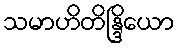
သမာဟိတိန္ဒြိယော